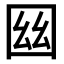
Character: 𡇟